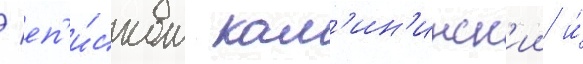
/ еп'и́скоп кал'ин'инск'ии и́